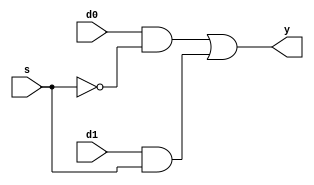
`timescale 1ns / 1ps
//////////////////////////////////////////////////////////////////////////////////
// Company: 
// Engineer: 
// 
// Design Name: 
// Module Name:    mux21 
// Project Name: 
// Target Devices: 
// Tool versions: 
// Description: 
//
// Dependencies: 
//
// Revision: 
// Revision 0.01 - File Created
// Additional Comments: 
//
//////////////////////////////////////////////////////////////////////////////////
module mux21(
    input d0,
    input d1,
    input s,
    output y
    );
	 assign y=(d0&~s)|(d1&s);
endmodule